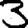
Digit: 3